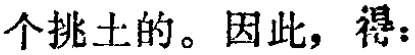
个挑土的。因此，得：